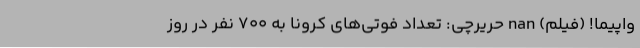
واپیما! (فیلم) nan حریرچی: تعداد فوتی‌های کرونا به ۷۰۰ نفر در روز